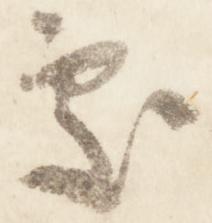
処